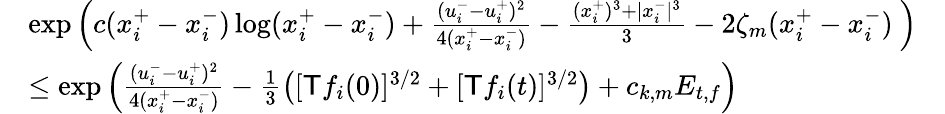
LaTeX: \begin{array}{rlr}&{\exp\left(c(x_{i}^{+}-x_{i}^{-})\log(x_{i}^{+}-x_{i}^{-})+\frac{(u_{i}^{-}-u_{i}^{+})^{2}}{4(x_{i}^{+}-x_{i}^{-})}-\frac{(x_{i}^{+})^{3}+|x_{i}^{-}|^{3}}{3}-2\zeta_{m}(x_{i}^{+}-x_{i}^{-})\ \right)}\\ &{\le\exp\left(\frac{(u_{i}^{-}-u_{i}^{+})^{2}}{4(x_{i}^{+}-x_{i}^{-})}-\frac{1}{3}\left([\textsf{T}f_{i}(0)]^{3/2}+[\textsf{T}f_{i}(t)]^{3/2}\right)+c_{k,m}E_{t,f}\right)}&\end{array}